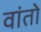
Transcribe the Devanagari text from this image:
वांतो